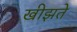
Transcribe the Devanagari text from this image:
खीझते